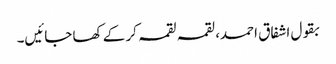
بقول اشفاق احمد، لقمہ لقمہ کر کے کھا جائیں۔